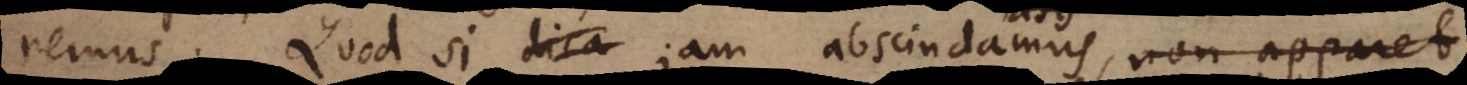
remus. Quod si jam abscindamus, non apparet